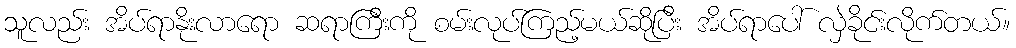
သူလည်း အိပ်ရာနိုးလာရော ဆရာကြီးကို စမ်းလုပ်ကြည့်မယ်ဆိုပြီး အိပ်ရာပေါ် လှဲခိုင်းလိုက်တယ်။